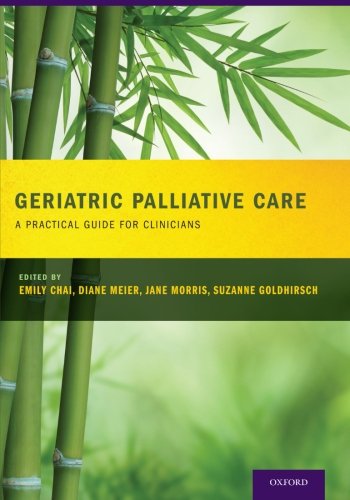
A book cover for Geriatric Palliative Care; Suzanne Goldhirsch; Self-Help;